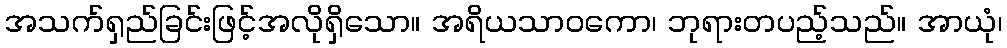
အသက်ရှည်ခြင်းဖြင့်အလိုရှိသော။ အရိယသာဝကော၊ ဘုရားတပည့်သည်။ အာယုံ၊